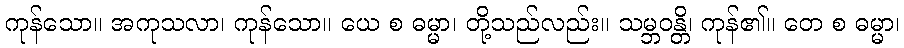
ကုန်သော။ အကုသလာ၊ ကုန်သော။ ယေ စ ဓမ္မာ၊ တို့သည်လည်း။ သမ္ဘဝန္တိ၊ ကုန်၏။ တေ စ ဓမ္မာ၊